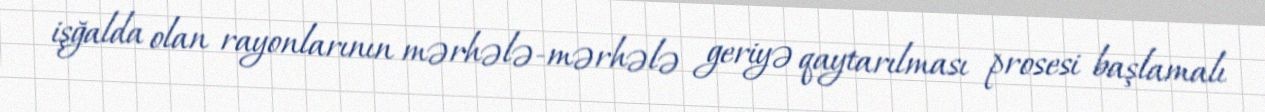
işğalda olan rayonlarının mərhələ-mərhələ geriyə qaytarılması prosesi başlamalı